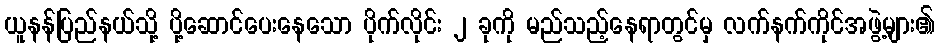
ယူနန်ပြည်နယ်သို့ ပို့ဆောင်ပေးနေသော ပိုက်လိုင်း ၂ ခုကို မည်သည့်နေရာတွင်မှ လက်နက်ကိုင်အဖွဲ့များ၏